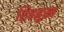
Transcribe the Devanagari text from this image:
शिवमुख्य